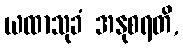
ယထာသုခံ အနုစရတိ,